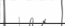
٨٥